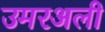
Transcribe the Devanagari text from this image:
उमरअली